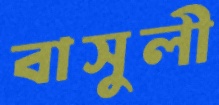
বাসুলী